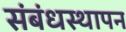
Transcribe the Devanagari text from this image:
संबंधस्थापन